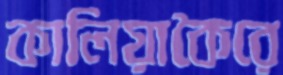
কালিয়াকৈরে